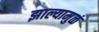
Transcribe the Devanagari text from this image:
झाल्यामुळं